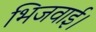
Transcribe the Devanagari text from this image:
भिजवाई।